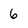
Character: 6